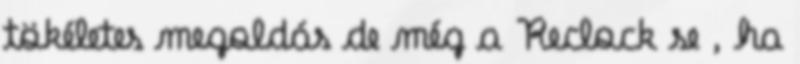
tökéletes megoldás de még a Reclock se , ha